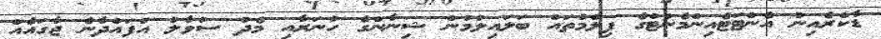
ޑާކްރެއިން އެންޓަޓެއިންމެންޓްގެ ފިލްމުތައް ބަލައިލުމުން ޝިނާންގެ ހުނަރާއި މެދު ސުވާލު އުފައްދާނެ ޖާގައެއް